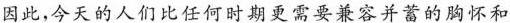
因此，今天的人们比任何时期更需要兼容并蓄的胸怀和